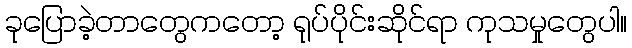
ခုပြောခဲ့တာတွေကတော့ ရုပ်ပိုင်းဆိုင်ရာ ကုသမှုတွေပါ။